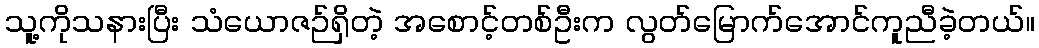
သူ့ကိုသနားပြီး သံယောဇဉ်ရှိတဲ့ အစောင့်တစ်ဦးက လွတ်မြောက်အောင်ကူညီခဲ့တယ်။